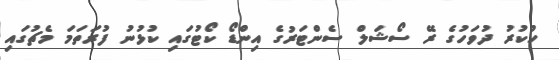
ހުކުރު ދުވަހުގެ ރޭ ސޯޝަލް ސެންޓަރުގެ އިންޑޯ ކޯޓުގައި ކުޅުނު ފުރަތަމަ މެޗުގައި